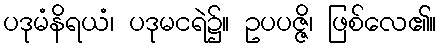
ပဒုမံနိရယံ၊ ပဒုမငရဲ၌။ ဥပပဇ္ဇိ၊ ဖြစ်လေ၏။